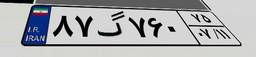
۸۷گ۷۶۰۷۵